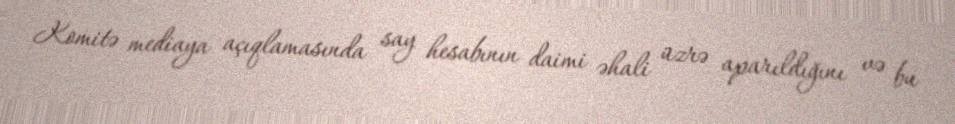
Komitə mediaya açıqlamasında say hesabının daimi əhali üzrə aparıldığını və bu